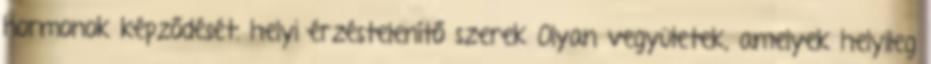
hormonok képződését. helyi érzéstelenítő szerek Olyan vegyületek, amelyek helyileg